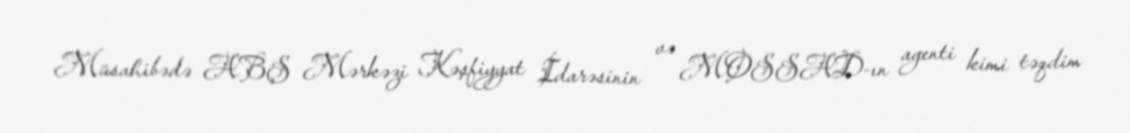
Müsahibədə ABŞ Mərkəzi Kəşfiyyat İdarəsinin və MOSSAD-ın agenti kimi təqdim